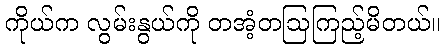
ကိုယ်က လွမ်းနွယ်ကို တအံ့တဩကြည့်မိတယ်။